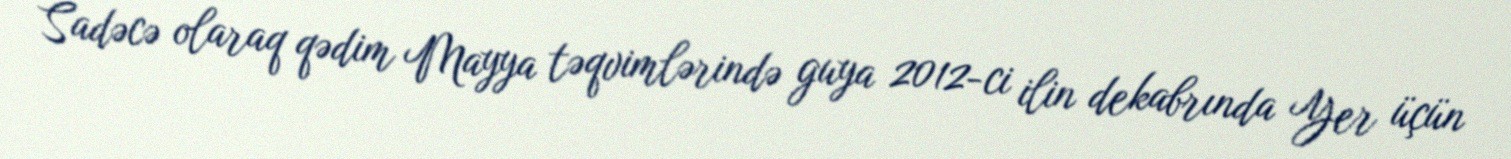
Sadəcə olaraq qədim Mayya təqvimlərində guya 2012-ci ilin dekabrında Yer üçün